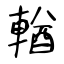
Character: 輶